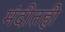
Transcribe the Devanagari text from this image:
मंदीतही